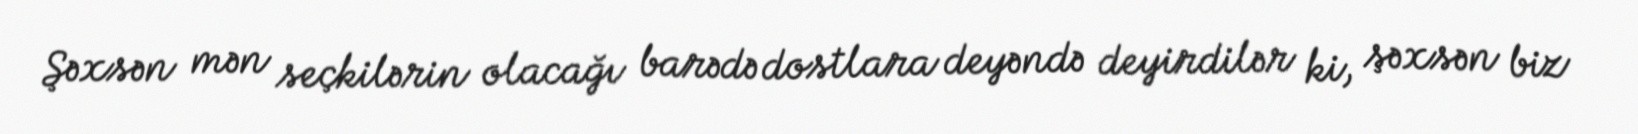
Şəxsən mən seçkilərin olacağı barədə dostlara deyəndə deyirdilər ki, şəxsən biz